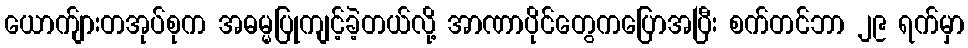
ယောက်ျားတအုပ်စုက အဓမ္မပြုကျင့်ခဲ့တယ်လို့ အာဏာပိုင်တွေကပြောအပြီး စက်တင်ဘာ ၂၉ ရက်မှာ